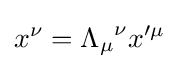
x^{\nu }={\Lambda _{\mu }}^{\nu }x'^{\mu }